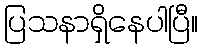
ပြသနာရှိနေပါပြီ။